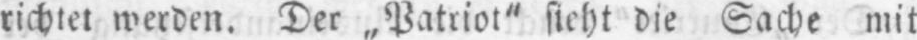
richtet werden. Der „Patriot“ sieht die Sache mit